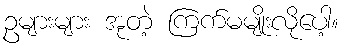
ဥများများ အုတဲ့ ကြက်မမျိုးလိုပေါ့။